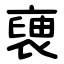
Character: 褏